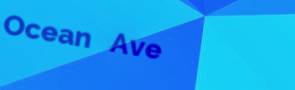
Ocean Ave